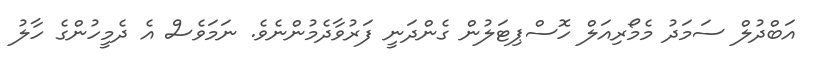
އަބްދުލް ސަމަދު މެމޯރިއަލް ހޮސްޕިޓަލުން ގެންދަނީ ފަރުވާދެމުންނެވެ. ނަމަވެސް އެ ދެމީހުންގެ ހާލު